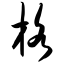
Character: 格